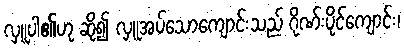
လှူပါ၏ဟု ဆို၍ လှူအပ်သောကျောင်းသည် ဂိုဏ်းပိုင်ကျောင်း၊